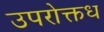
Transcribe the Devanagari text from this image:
उपरोक्तध